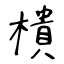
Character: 樻